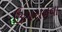
ઉગરાવવા